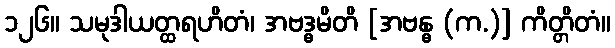
၁၂၆။ သမုဒါယတ္ထရဟိတံ၊ အဗဒ္ဓမိတိ [အဗန္ဓ (က.)] ကိတ္တိတံ။